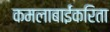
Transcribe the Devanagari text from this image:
कमलाबाईंकरिता